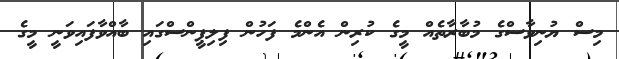
މިސް ޔުނިވާސްގެ މުބާރާތެއް މީގެ ކުރިން އެންމެ ފަހުން ފިލިޕީންސްގައި ބާއްވާފައިވަނީ މީގެ